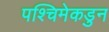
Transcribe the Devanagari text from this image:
पश्चिमेकडुन